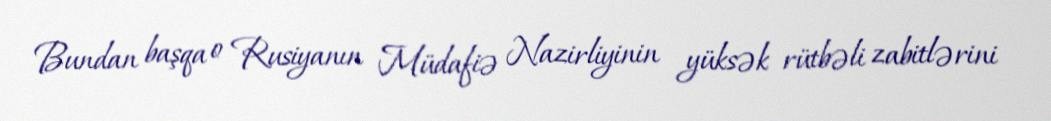
Bundan başqa o Rusiyanın Müdafiə Nazirliyinin yüksək rütbəli zabitlərini